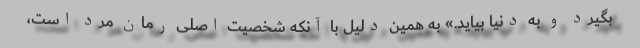
بگیرد و به دنیا بیاید.» به همین دلیل با آنکه شخصیت اصلی رمان مرد است،